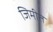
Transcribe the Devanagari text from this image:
जिमीत